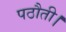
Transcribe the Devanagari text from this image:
पठौती।